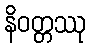
နိဝတ္တဿု